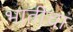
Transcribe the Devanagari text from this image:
भातीचा